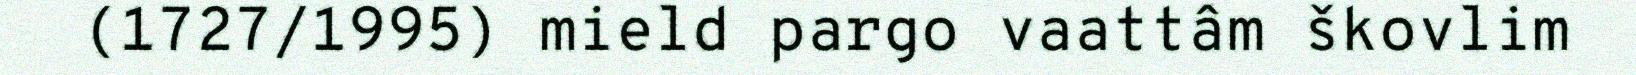
(1727/1995) mield pargo vaattâm škovlim